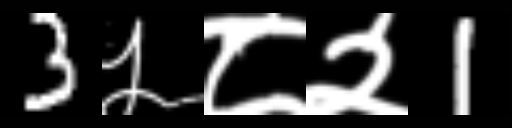
Text: 3५८२1